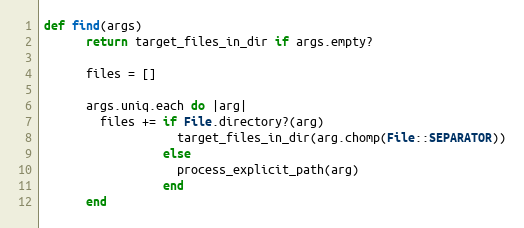
Language: Ruby
def find(args)
      return target_files_in_dir if args.empty?

      files = []

      args.uniq.each do |arg|
        files += if File.directory?(arg)
                   target_files_in_dir(arg.chomp(File::SEPARATOR))
                 else
                   process_explicit_path(arg)
                 end
      end